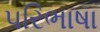
પરિભાષા